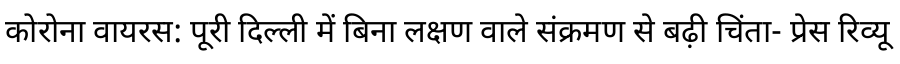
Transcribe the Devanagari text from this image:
कोरोना वायरस: पूरी दिल्ली में बिना लक्षण वाले संक्रमण से बढ़ी चिंता- प्रेस रिव्यू